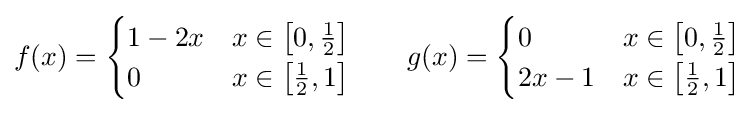
f(x)={\begin{cases}1-2x&x\in \left[0,{\tfrac {1}{2}}\right]\\0&x\in \left[{\tfrac {1}{2}},1\right]\end{cases}}\qquad g(x)={\begin{cases}0&x\in \left[0,{\tfrac {1}{2}}\right]\\2x-1&x\in \left[{\tfrac {1}{2}},1\right]\end{cases}}